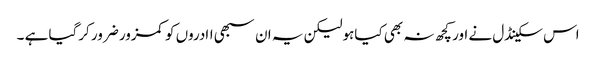
اس سکینڈل نے اور کچھ نہ بھی کیاہولیکن یہ ان سبھی اادروں کو کمزور ضرور کرگیا ہے ۔